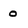
Character: o